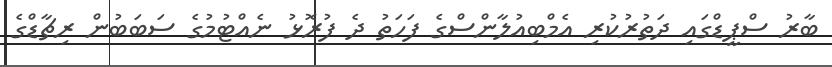
ބާރު ސްޕީޑްގައި ދަތުރުކުރި އެމްބިއުލާންސްގެ ފަހަތު ދެ ފުރޮޅު ނެއްޓުމުގެ ސަބަބުން ރިޗާޑްގެ